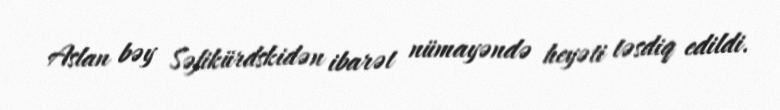
Aslan bəy Səfikürdskidən ibarət nümayəndə heyəti təsdiq edildi.